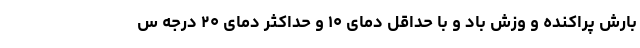
بارش پراکنده و وزش باد و با حداقل دمای ۱۰ و حداکثر دمای ۲۰ درجه س